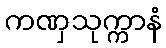
ကဏှသုက္ကာနံ